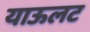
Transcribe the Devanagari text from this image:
याऊलट